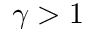
\gamma > 1